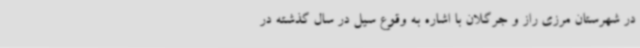
در شهرستان مرزی راز و جرگلان با اشاره به وقوع سیل در سال گذشته در